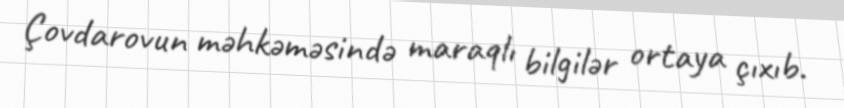
Çovdarovun məhkəməsində maraqlı bilgilər ortaya çıxıb.